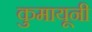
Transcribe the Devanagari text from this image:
कुमायूनी